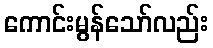
ကောင်းမွန်သော်လည်း